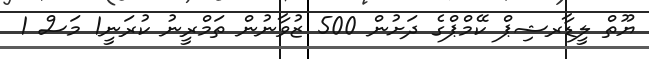
ޔޫތް ލީޑާރޝިޕް ކޭމްޕްގެ ދަށުން 500 ޒުވާނުން ތަމްރީނު ކުރަނީ1 މަސް 1